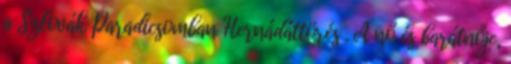
a Szlovák Paradicsomban Hernádáttörés . A nő és barátnője,